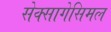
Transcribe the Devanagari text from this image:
सेक्सागेसिमल